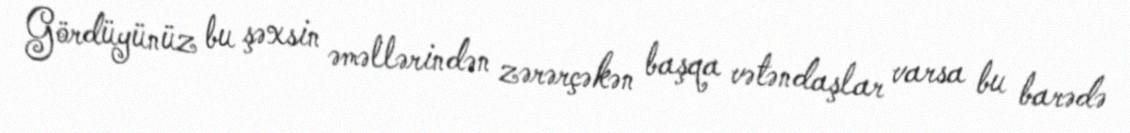
Gördüyünüz bu şəxsin əməllərindən zərərçəkən başqa vətəndaşlar varsa bu barədə